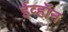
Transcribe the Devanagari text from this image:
ईव्हॉन